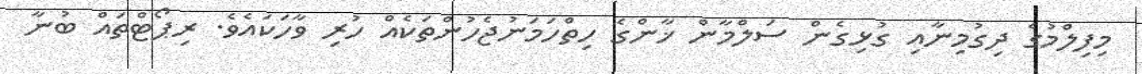
މިފިލްމުގެ ދިގުމިނާއި ގުޅިގެން ސަލްމާން ޚާންގެ ހިތްހަމަނުޖެހުންތަކެއް ހުރި ވާހަކައެވެ. ރިޕޯޓްތައް ބުނާ